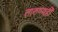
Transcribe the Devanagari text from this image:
तारुण्यही